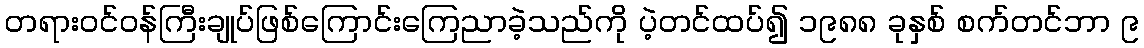
တရားဝင်ဝန်ကြီးချုပ်ဖြစ်ကြောင်းကြေညာခဲ့သည်ကို ပဲ့တင်ထပ်၍ ၁၉၈၈ ခုနှစ် စက်တင်ဘာ ၉